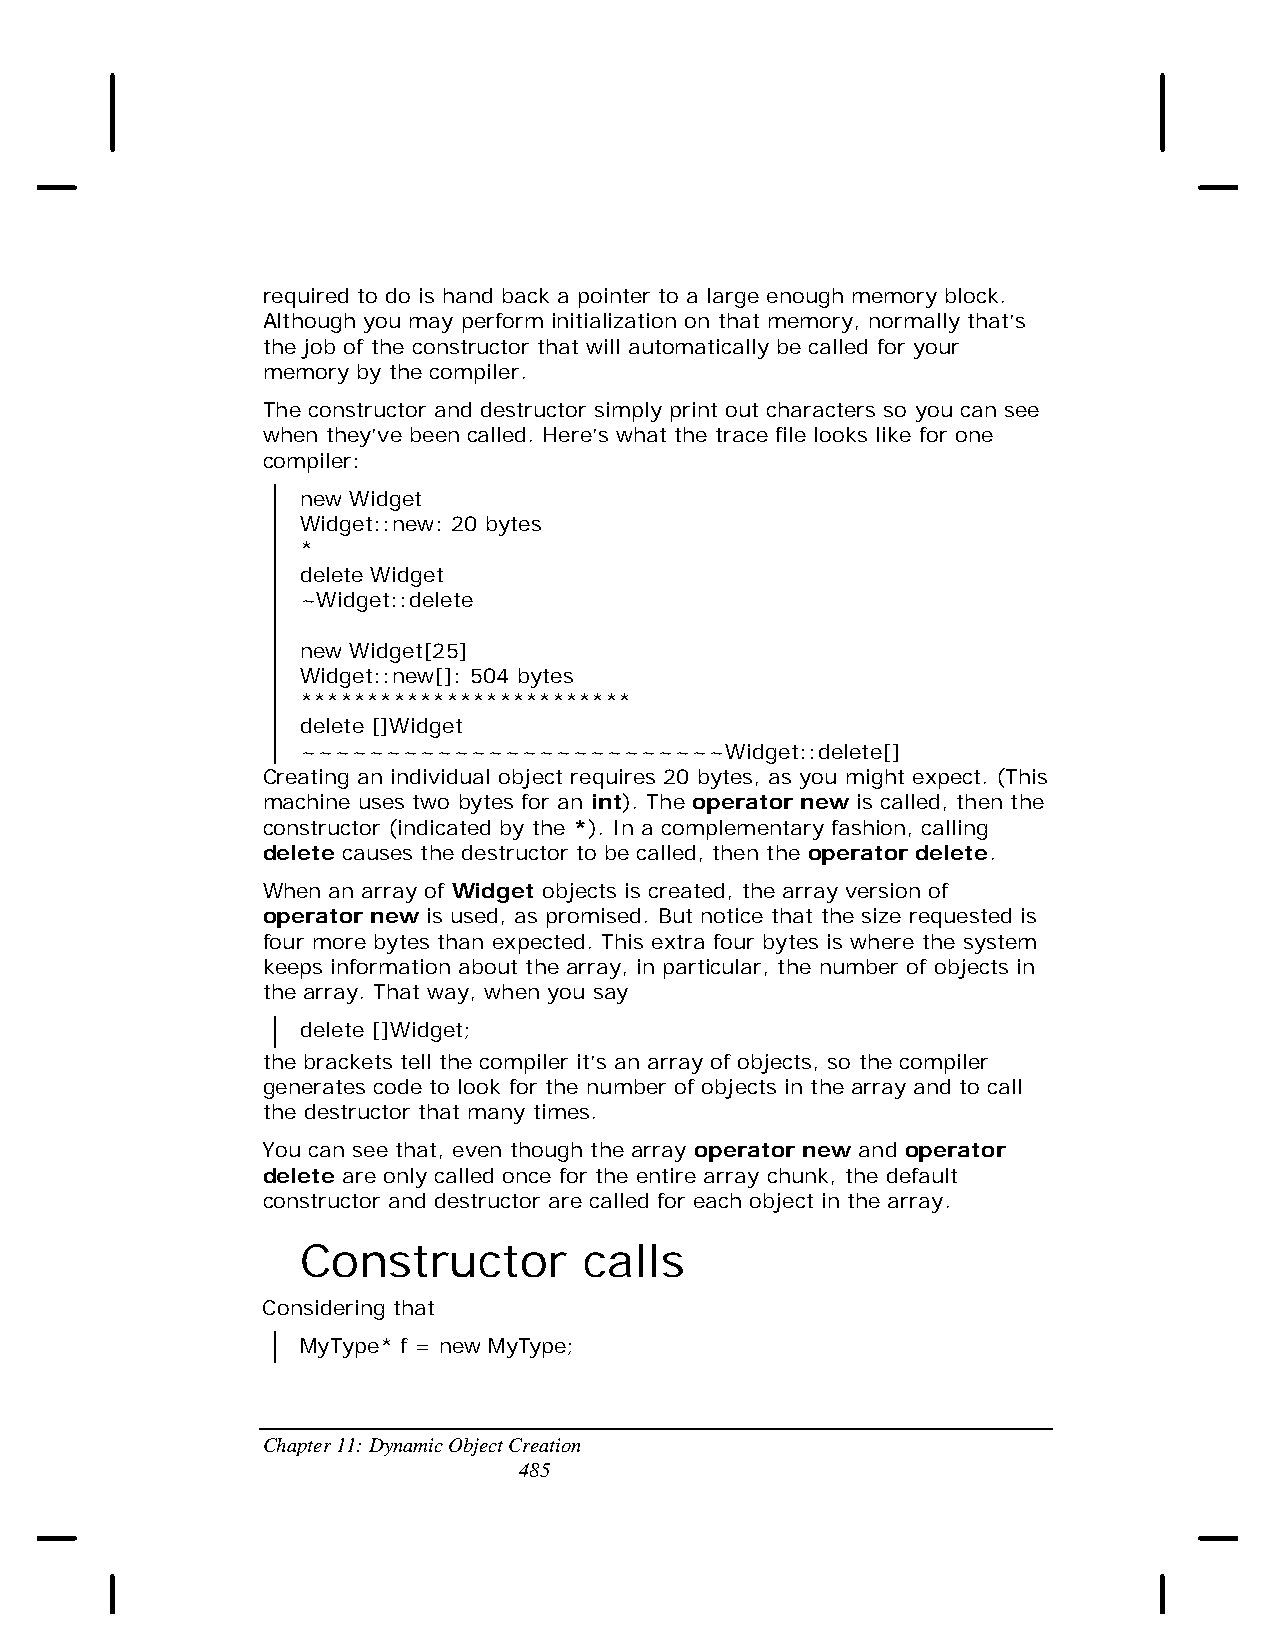
required to do is hand back a pointer to a large enough memory block.
 Although you may perform initialization on that memory, normally that’s
 the job of the constructor that will automatically be called for your
 memory by the compiler.
 The constructor and destructor simply print out characters so you can see
 when they’ve been called. Here’s what the trace file looks like for one
 compiler:
 new Widget
 Widget::new: 20 bytes
 *
 delete Widget
 ~Widget::delete
 new Widget[25]
 Widget::new[]: 504 bytes
 *************************
 delete []Widget
 ~~~~~~~~~~~~~~~~~~~~~~~~~Widget::delete[]
 Creating an individual object requires 20 bytes, as you might expect. (This
 machine uses two bytes for an int). The operator new is called, then the
 constructor (indicated by the *). In a complementary fashion, calling
 delete causes the destructor to be called, then the operator delete.
 When an array of Widget objects is created, the array version of
 operator new is used, as promised. But notice that the size requested is
 four more bytes than expected. This extra four bytes is where the system
 keeps information about the array, in particular, the number of objects in
 the array. That way, when you say
 delete []Widget;
 the brackets tell the compiler it’s an array of objects, so the compiler
 generates code to look for the number of objects in the array and to call
 the destructor that many times.
 You can see that, even though the array operator new and operator
 delete are only called once for the entire array chunk, the default
 constructor and destructor are called for each object in the array.
 Constructor        calls
 Considering that
 MyType* f = new MyType;
 Chapter 11: Dynamic Object Creation
 485